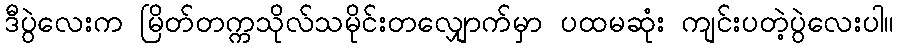
ဒီပွဲလေးက မြိတ်တက္ကသိုလ်သမိုင်းတလျှောက်မှာ ပထမဆုံး ကျင်းပတဲ့ပွဲလေးပါ။